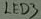
Text: LED3